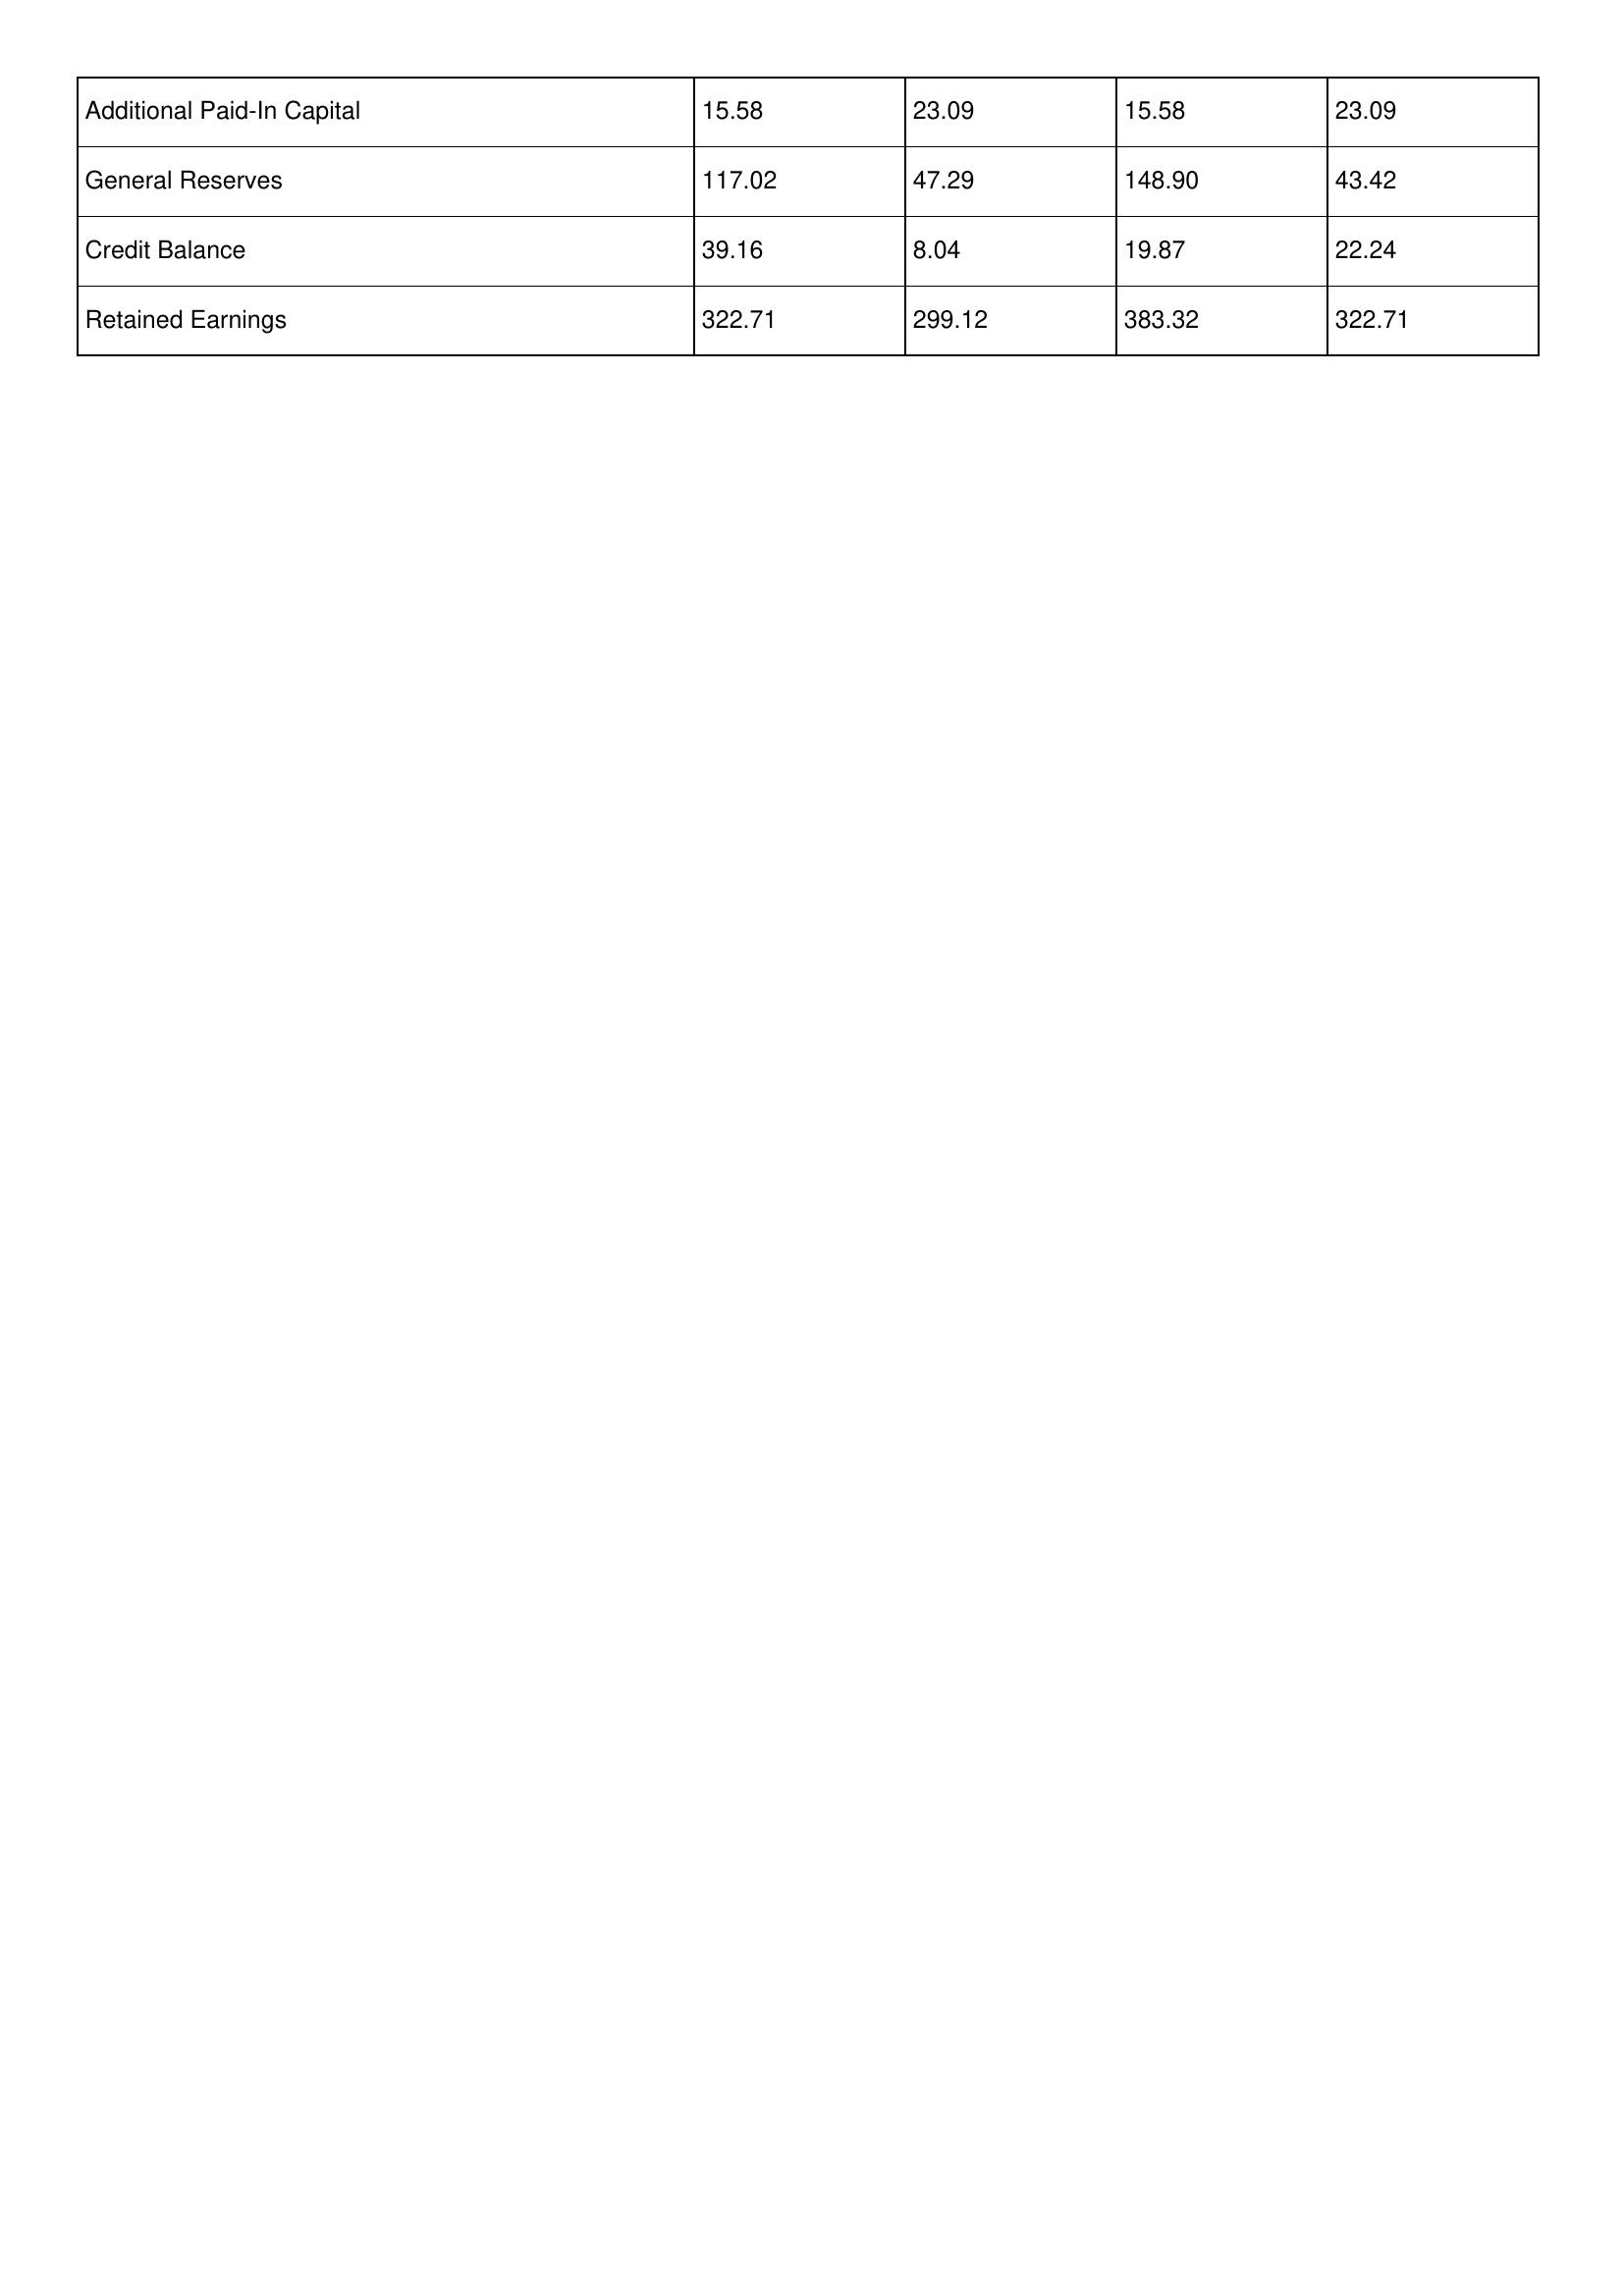
gt_parse: 2019: Additional Paid-In Capital: 15.58
General Reserves: 117.02
Credit Balance: 39.16
Retained Earnings: 322.71
2018: Additional Paid-In Capital: 23.09
General Reserves: 47.29
Credit Balance: 8.04
Retained Earnings: 299.12
2017: Additional Paid-In Capital: 15.58
General Reserves: 148.90
Credit Balance: 19.87
Retained Earnings: 383.32
2016: Additional Paid-In Capital: 23.09
General Reserves: 43.42
Credit Balance: 22.24
Retained Earnings: 322.71